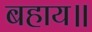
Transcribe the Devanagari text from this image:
बहाय॥